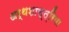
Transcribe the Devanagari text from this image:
अर्थशास्त्रिया